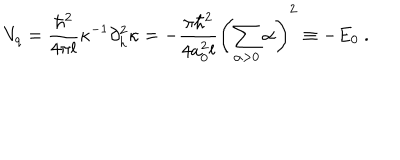
V _ { q } = \frac { \hbar ^ { 2 } } { 4 \pi l } \kappa ^ { - 1 } \partial _ { h } ^ { 2 } \kappa = - \frac { \pi \hbar ^ { 2 } } { 4 a _ { 0 } ^ { 2 } l } \left( \sum _ { \alpha > 0 } \alpha \right) ^ { 2 } \equiv - E _ { 0 } \ .